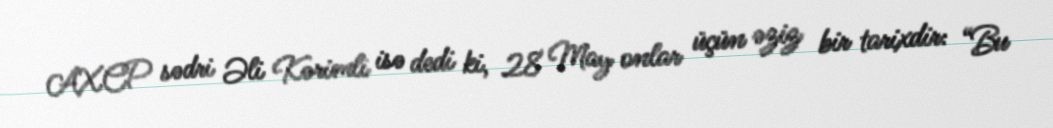
AXCP sədri Əli Kərimli isə dedi ki, 28 May onlar üçün əziz bir tarixdir: “Bu